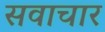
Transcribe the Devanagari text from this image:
सवाचार